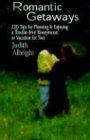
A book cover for Romantic Getaways: 220 Tips for Planning and Enjoying a Trouble-Free Honeymoon or Vacation for Two; Judith Albright; Crafts, Hobbies & Home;